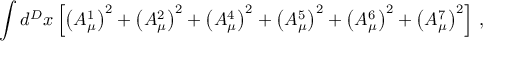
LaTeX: \int d ^ { D } x \left[ \left( A _ { \mu } ^ { 1 } \right) ^ { 2 } + \left( A _ { \mu } ^ { 2 } \right) ^ { 2 } + \left( A _ { \mu } ^ { 4 } \right) ^ { 2 } + \left( A _ { \mu } ^ { 5 } \right) ^ { 2 } + \left( A _ { \mu } ^ { 6 } \right) ^ { 2 } + \left( A _ { \mu } ^ { 7 } \right) ^ { 2 } \right] \, ,